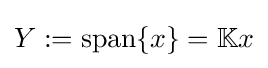
Y:=\operatorname {span} \{x\}=\mathbb {K} x